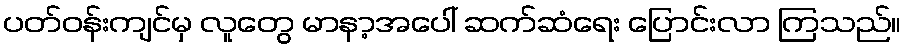
ပတ်ဝန်းကျင်မှ လူတွေ မာနာ့အပေါ် ဆက်ဆံရေး ပြောင်းလာ ကြသည်။